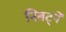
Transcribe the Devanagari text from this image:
निबट्ने